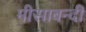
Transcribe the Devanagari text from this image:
मीसाबन्दी